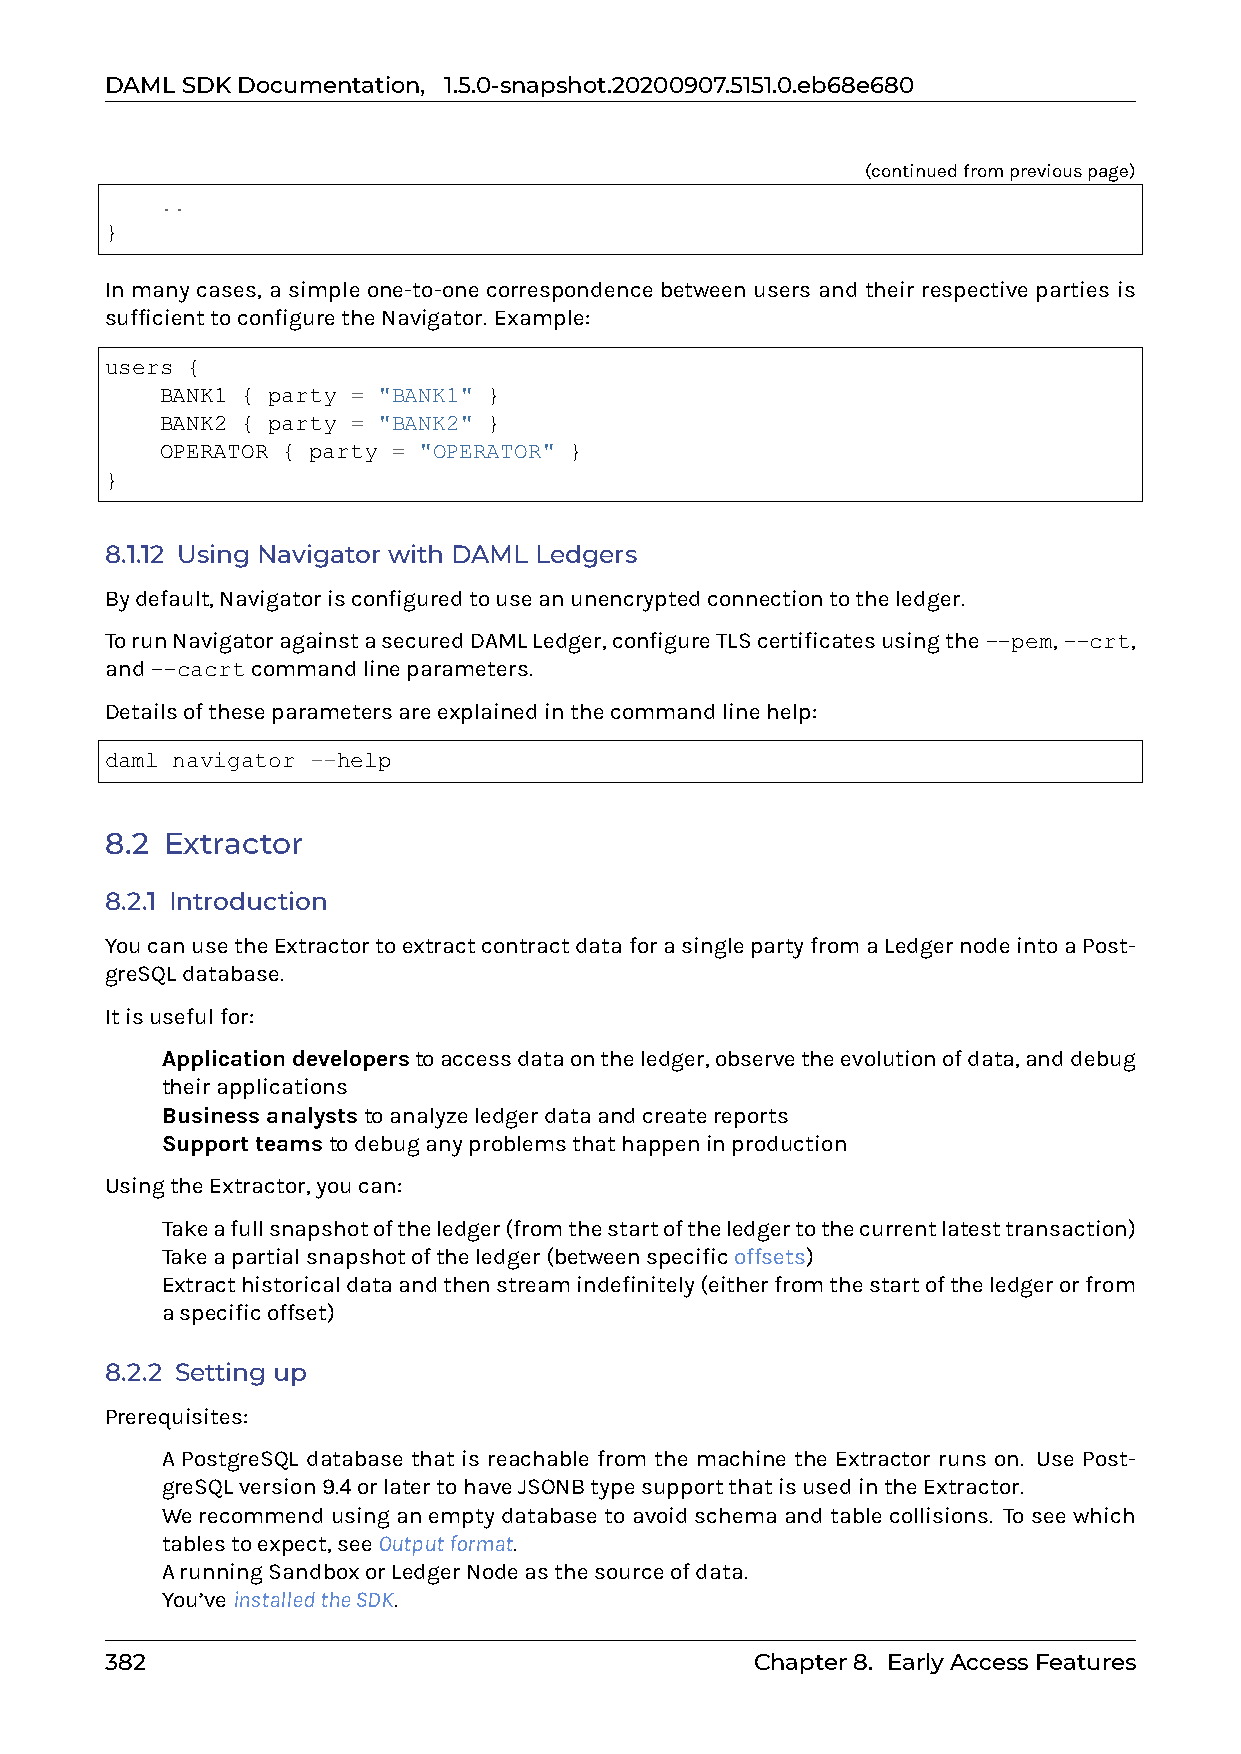
DAMLSDKDocumentation, 1.5.0-snapshot.20200907.5151.0.eb68e680
 (continuedfrompreviouspage)
 ..
 }
 In many cases, a simple one-to-one correspondence between users and their respective parties is
 sufficienttoconfiguretheNavigator. Example:
 users {
 BANK1 { party = "BANK1" }
 BANK2 { party = "BANK2" }
 OPERATOR { party = "OPERATOR" }
 }
 8.1.12 Using Navigator with DAML Ledgers
 Bydefault,Navigatorisconfiguredtouseanunencryptedconnectiontotheledger.
 TorunNavigatoragainstasecuredDAMLLedger,configureTLScertificatesusingthe--pem,--crt,
 and--cacrtcommandlineparameters.
 Detailsoftheseparametersareexplainedinthecommandlinehelp:
 daml navigator --help
 8.2 Extractor
 8.2.1 Introduction
 YoucanusetheExtractortoextractcontractdataforasinglepartyfromaLedgernodeintoaPost-
 greSQLdatabase.
 Itisusefulfor:
 0 Applicationdeveloperstoaccessdataontheledger,observetheevolutionofdata,anddebug
 theirapplications
 0 Businessanalyststoanalyzeledgerdataandcreatereports
 0 Supportteamstodebuganyproblemsthathappeninproduction
 UsingtheExtractor,youcan:
 0 Takeafullsnapshotoftheledger(fromthestartoftheledgertothecurrentlatesttransaction)
 0 Takeapartialsnapshotoftheledger(betweenspecificoffsets)
 0 Extracthistoricaldataandthenstreamindefinitely(eitherfromthestartoftheledgerorfrom
 aspecificoffset)
 8.2.2 Setting up
 Prerequisites:
 0 A PostgreSQL database that is reachable from the machine the Extractor runs on. Use Post-
 greSQLversion9.4orlatertohaveJSONBtypesupportthatisusedintheExtractor.
 0 Werecommendusinganemptydatabasetoavoidschemaandtablecollisions. Toseewhich
 tablestoexpect,seeOutputformat.
 0 ArunningSandboxorLedgerNodeasthesourceofdata.
 0 You’veinstalledtheSDK.
 382                                        Chapter8. EarlyAccessFeatures